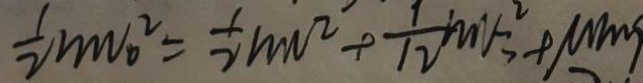
\frac { 1 } { 2 } m v _ { 0 } ^ { 2 } = \frac { 1 } { 2 } m v ^ { 2 } + \frac { 1 } { 1 2 } m v ^ { 2 } _ { 3 } + m m g